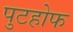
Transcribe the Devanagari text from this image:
पुटहोफ